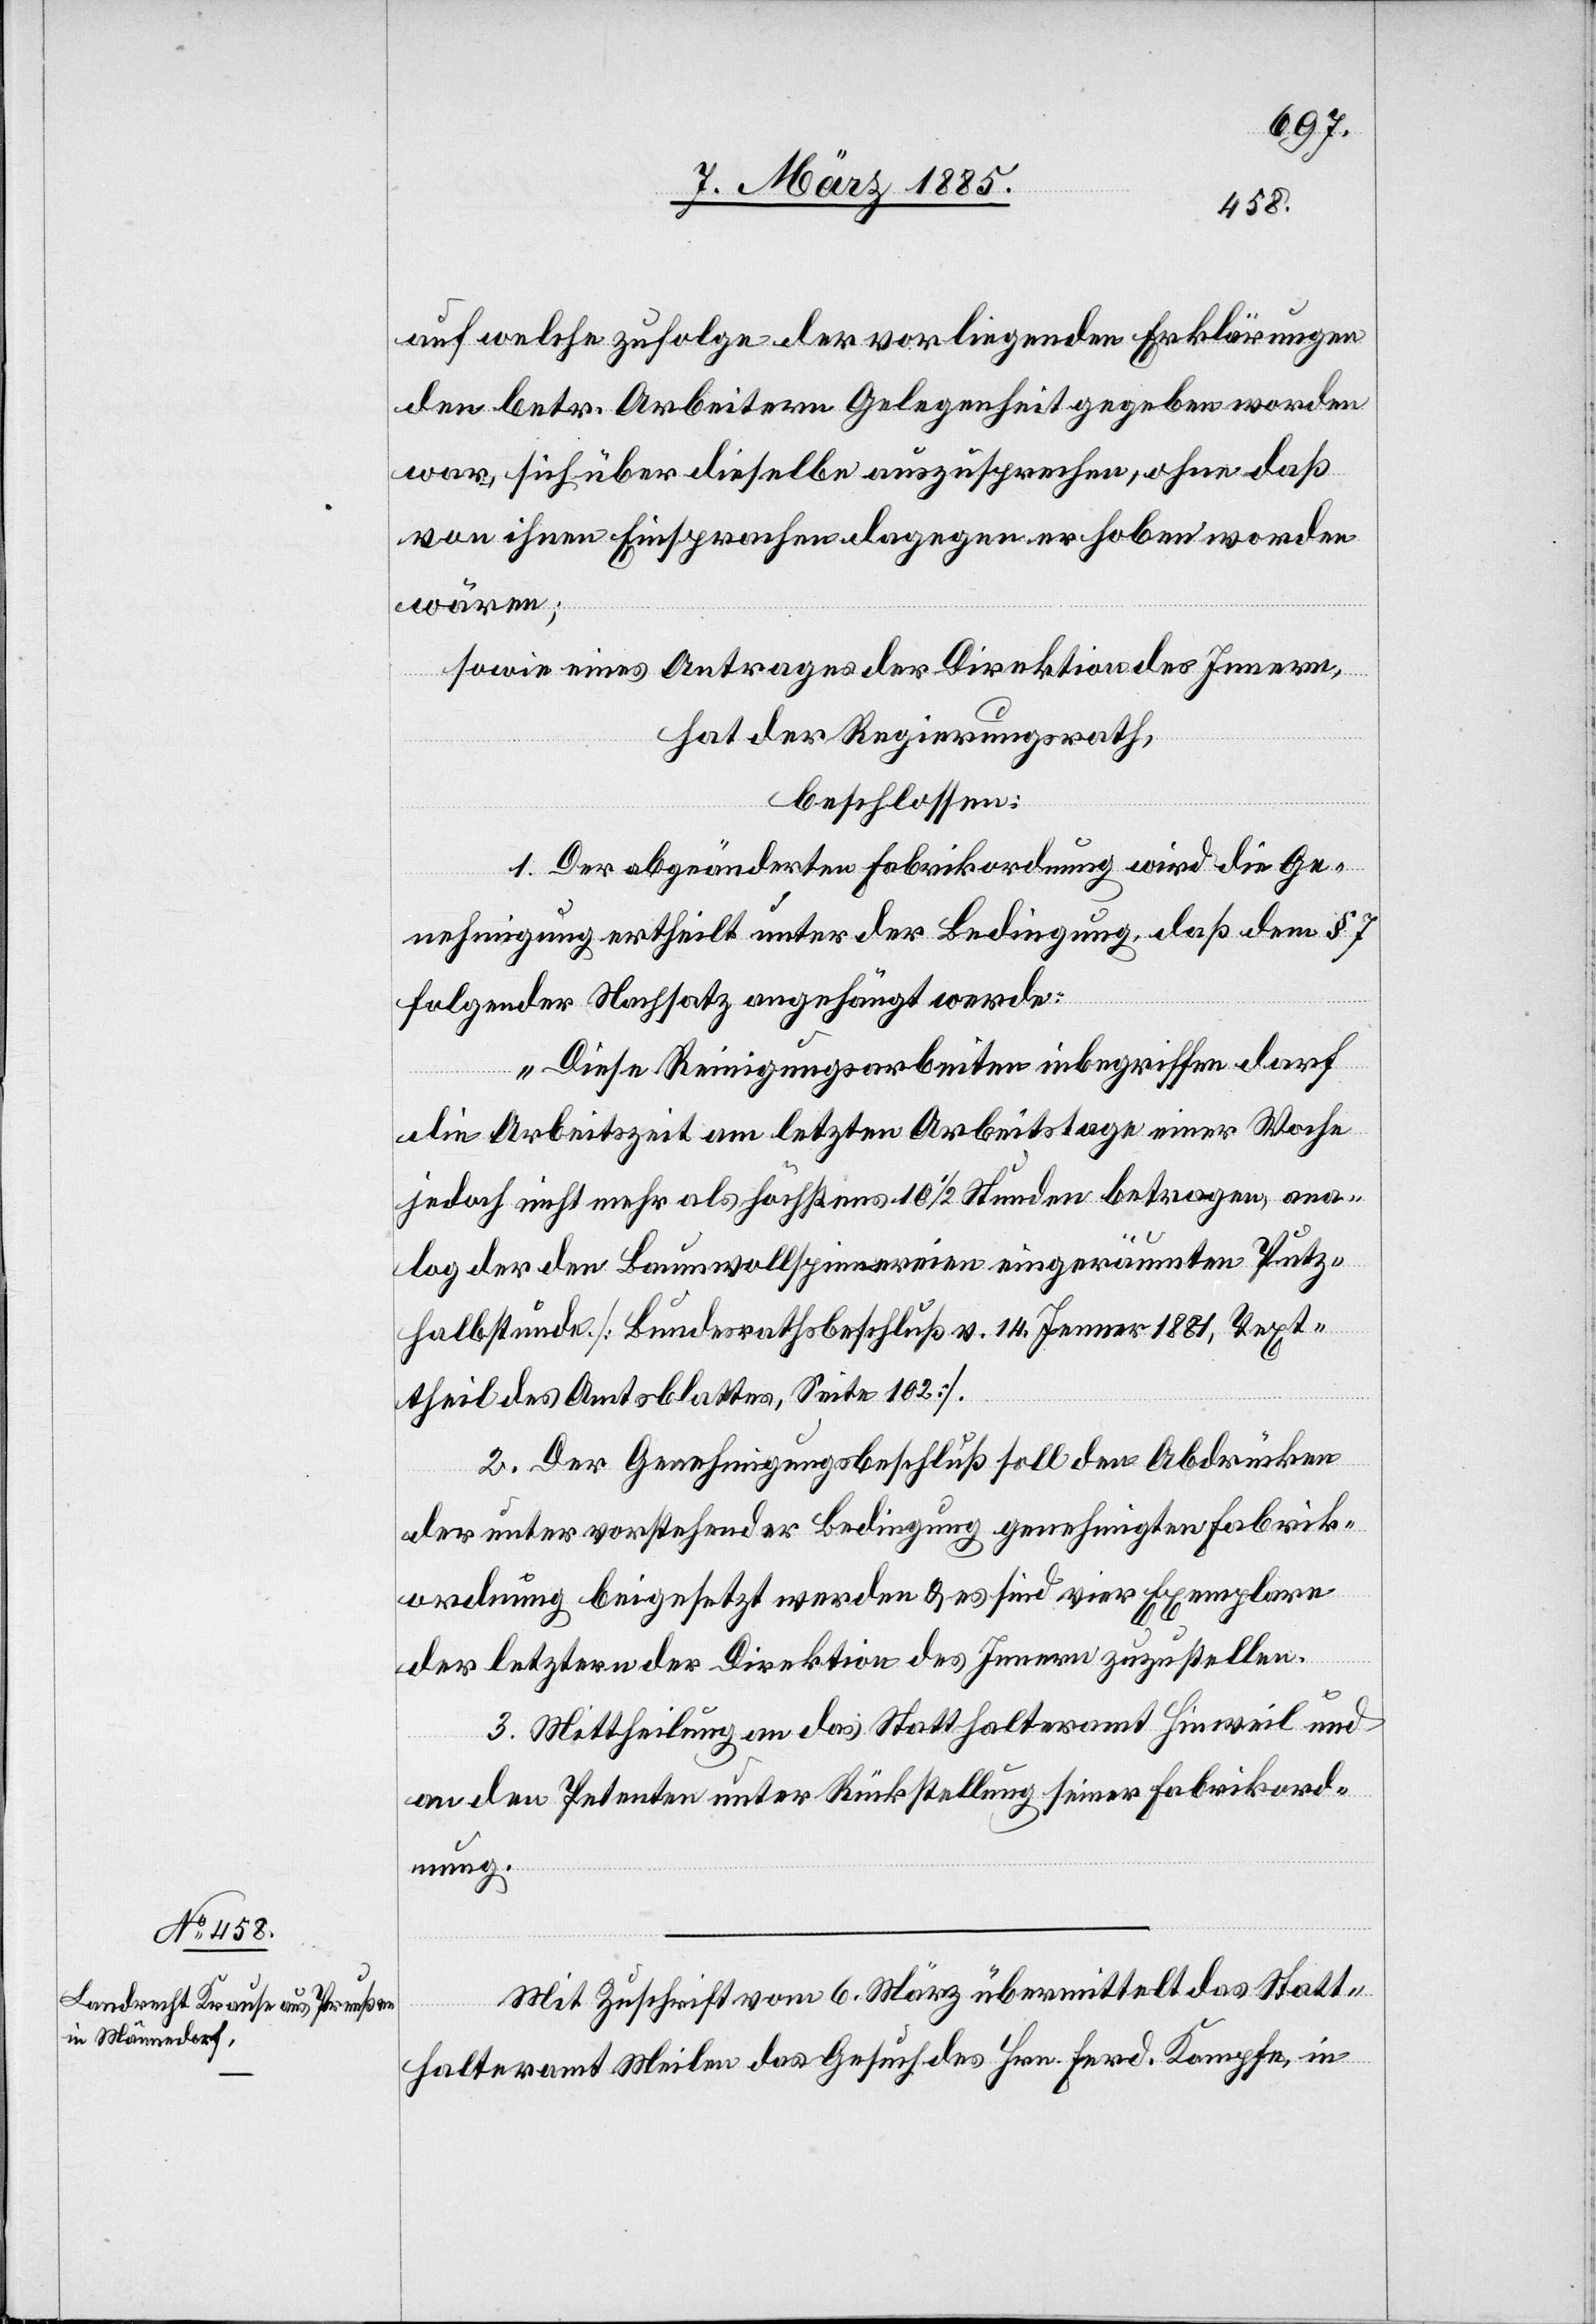
auf welche zufolge der vorliegenden Erklärungen
den betr. Arbeitern Gelegenheit gegeben worden
war, sich über dieselbe auszusprechen, ohne daß
von ihnen Einsprachen dagegen erhoben worden
wären;
sowie eines Antrages der Direktion des Innern,
hat der Regierungsrath,
beschlossen:
1. Der abgeänderten Fabrikordnung wird die Ge¬
nehmigung ertheilt unter der Bedingung, daß dem § 7
folgender Nachsatz angehängt werde.
„Diese Reinigungsarbeiten inbegriffen darf
die Arbeitszeit am letzten Arbeitstage einer Woche
jedoch nicht mehr als höchstens 10 1/2 Stunden betragen, ana¬
log der den Baumwollspinnereien eingeräumten Putz¬
halbstunde. [Bundesrathsbeschluß v. 14. Januar 1881, Text¬
theil des Amtsblattes, Seite 102].
2. Der Genehmigungsbeschluß soll den Abdrücken
der unter vorstehender Bedingung genehmigten Fabrik¬
ordnung beigesetzt werden & es sind vier Exemplare
der letztern der Direktion des Innern zuzustellen.
3. Mittheilung an das Statthalteramt Hinweil und
an den Petenten unter Rückstellung seiner Fabrikord¬
nung.
Mit Zuschrift vom 6. März übermittelt das Statt¬
halteramt Meilen das Gesuch des Hrn. Ferd. Kompfe, in